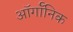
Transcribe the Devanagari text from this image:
ऑर्गॉनिक